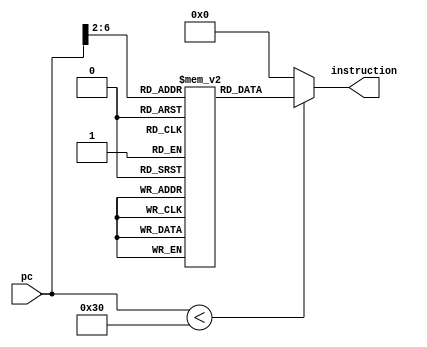
module INSTR // a synthesisable rom implementation
(
	input [31:0] pc,
	output [31:0] instruction
);
	/* lw $3, 0($0) --
	Loop: slti $1, $3, 50
	beq $1, $0, Skip
	add $4, $4, $3
	addi $3, $3, 1
	beq $0, $0, Loop--
	Skip
	*/
	wire [29:0] i = pc[31:2];
	reg [31:0] rom[16:1];
	initial
	begin
		rom[1] = 32'b101000_10001_10001_0000000000010001; // #addi $s1, $s1, 17 PC 4
		rom[2] = 32'b101000_00011_00011_0000000000000011; // #addi $s2, $s2, 3 PC 8
		rom[3] = 32'b101000_00011_01000_00000_00000_000000; // #addi $t1, $s2, 0 PC 12
		rom[4] = 32'b000000_10001_01000_01001_00000_100010; // #sub $t2, $s1, $t1 PC 16
		rom[5] = 32'b000000_10001_01000_01010_00000_101010; // #slt $t3, $s1, $t1 PC 20
		rom[6] = 32'b000100_10001_01000_0000000000000100; // #beq $s1, $t1, 4 PC 24
		rom[7] = 32'b000110_01010_01011_0000000000000010; // #bne $t4, $t3, 2 PC 28
		rom[8] = 32'b000000_01000_00011_01000_00000_100000; // #add $t1, $t1, $s2 PC 32
		rom[9] = 32'b100110_00000000000000000000000100; // #jump 4 PC 36
		rom[10] = 32'b000000_01001_00011_01001_00000_100000; // #add $t2, $t2, $s2 PC 40
		rom[11] = 32'b101011_00011_01001_00000_00000_001000; // #sw $t2, 8($s2) PC 44
	end
	assign instruction = (pc < 48 )? rom[i]: 32'd0;
endmodule